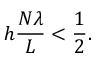
h \frac { N \lambda } { L } < \frac { 1 } { 2 } .